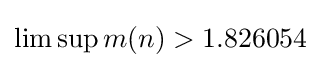
\limsup m(n)>1.826054